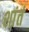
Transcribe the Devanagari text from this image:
शांतं